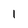
Character: 1